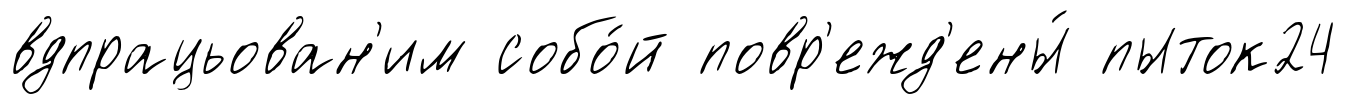
вдпрацьован'им собо́й повр'ежд'ены́ пыток24